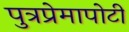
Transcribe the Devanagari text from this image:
पुत्रप्रेमापोटी